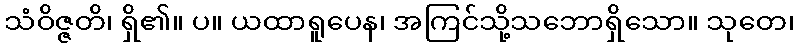
သံဝိဇ္ဇတိ၊ ရှိ၏။ ပ။ ယထာရူပေန၊ အကြင်သို့သဘောရှိသော။ သုတေ၊